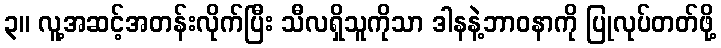
၃။ လူ့အဆင့်အတန်းလိုက်ပြီး သီလရှိသူကိုသာ ဒါနနဲ့ဘာဝနာကို ပြုလုပ်တတ်ဖို့